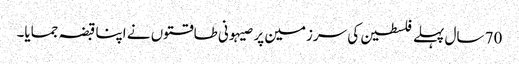
70 سال پہلے فلسطین کی سرزمین پر صیہونی طاقتوں نے اپنا قبضہ جمایا۔